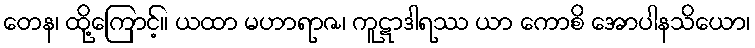
တေန၊ ထို့ကြောင့်။ ယထာ မဟာရာဇ၊ ကူဋာဒါရဿ ယာ ကောစိ အောပါနသိယော၊